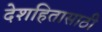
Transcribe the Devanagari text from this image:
देशहितासाठी